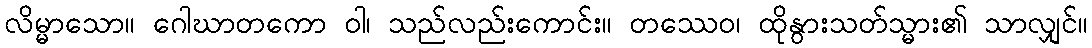
လိမ္မာသော။ ဂေါဃာတကော ဝါ၊ သည်လည်းကောင်း။ တဿေဝ၊ ထိုနွားသတ်သ္မား၏ သာလျှင်။